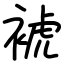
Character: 裭